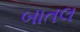
બાતલ